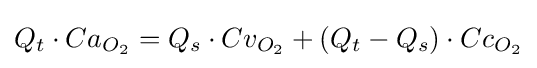
Q_{t}\cdot Ca_{O_{2}}=Q_{s}\cdot Cv_{O_{2}}+(Q_{t}-Q_{s})\cdot Cc_{O_{2}}